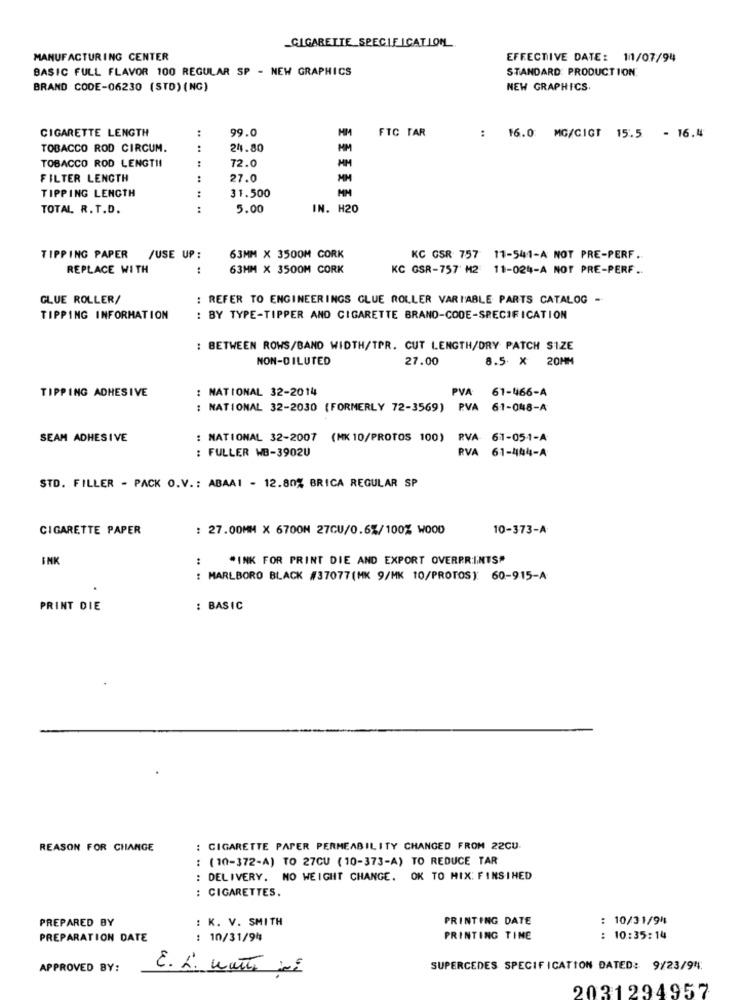
CIGARETTE SPECIFICATION
MANUFACTURING CENTER
EFFECTIVE DATE: 11/07/94
BASIC FULL FLAVOR 100 REGULAR SP - NEW GRAPHICS
STANDARD: PRODUCTION
BRAND CODE-06230 (STD) (NG)
NEW GRAPHICS
CIGARETTE LENGTH
99.0
FTC TAR
: 16.0 MG/CIGT 15.5 - 16.4
TOBACCO ROD CIRCUM.
.. ..
24.80
TOBACCO ROD LENGTI!
72.0
FILTER LENGTH
27.0
MM
TIPPING LENGTH
.. ....
31.500
MM
TOTAL R. T.D.
:
5.00
IN. H20
TIPPING PAPER /USE UP :
63MM X 3500M CORK
KC GSR 757 11-541-A NOT PRE-PERF.
REPLACE WITH
:
63MM X 3500M CORK
KC GSR-757 M2 11-024-A NOT PRE-PERF ..
GLUE ROLLER/
: REFER TO ENGINEERINGS GLUE ROLLER VARIABLE PARTS CATALOG -
TIPPING INFORMATION
: BY TYPE-TIPPER AND CIGARETTE BRAND-CODE-SPECIFICATION
: BETWEEN ROWS/BAND WIDTH/TPR. CUT LENGTH/DRY PATCH SIZE
NON-DILUTED
27.00
8.5 X 20MM
TIPPING ADHESIVE
: NATIONAL 32-2014
PVA: 61-466-A
NATIONAL 32-2030 (FORMERLY 72-3569) PVA
61-048-A
SEAM ADHESIVE
NATIONAL 32-2007 (MK 10/PROTOS 100)
RVA 61-05-1-A
FULLER WB-3902U
RVA 61-444-A
STD. FILLER - PACK O.V .: ABAA1 - 12.80% BRICA REGULAR SP
CIGARETTE PAPER
: 27.00MM X 6700M 27CU/0.6%/100% WOOD
10-373-A
INK
:
*INK FOR PRINT DIE AND EXPORT OVERPRINTS"
: MARLBORO BLACK #37077(MK 9/MK 10/PROTOS): 60-915-A
PRINT DIE
: BASIC
REASON FOR CHANGE
: CIGARETTE PAPER PERMEABILITY CHANGED FROM 22CU.
: (10-372-A) TO 27CU (10-373-A) TO REDUCE TAR
: DELIVERY. NO WEIGHT CHANGE. OK TO MIX: FINSIHED
: CIGARETTES.
: K. V. SMITH
PRINTING DATE
: 10/31/94
PREPARED BY
PREPARATION DATE
: 10/31/94
PRINTING TINE
: 10:35:14
APPROVED BY:
E. L. warto mi
SUPERCEDES SPECIFICATION DATED: 9/23/94:
2031294957